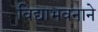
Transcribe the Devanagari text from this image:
विद्याभवनाने